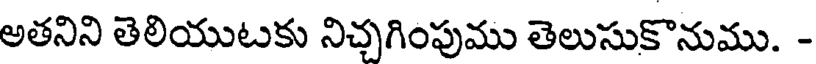
అతనిని తెలియుటకు నిచ్చగింపుము తెలుసుకొనుము. -